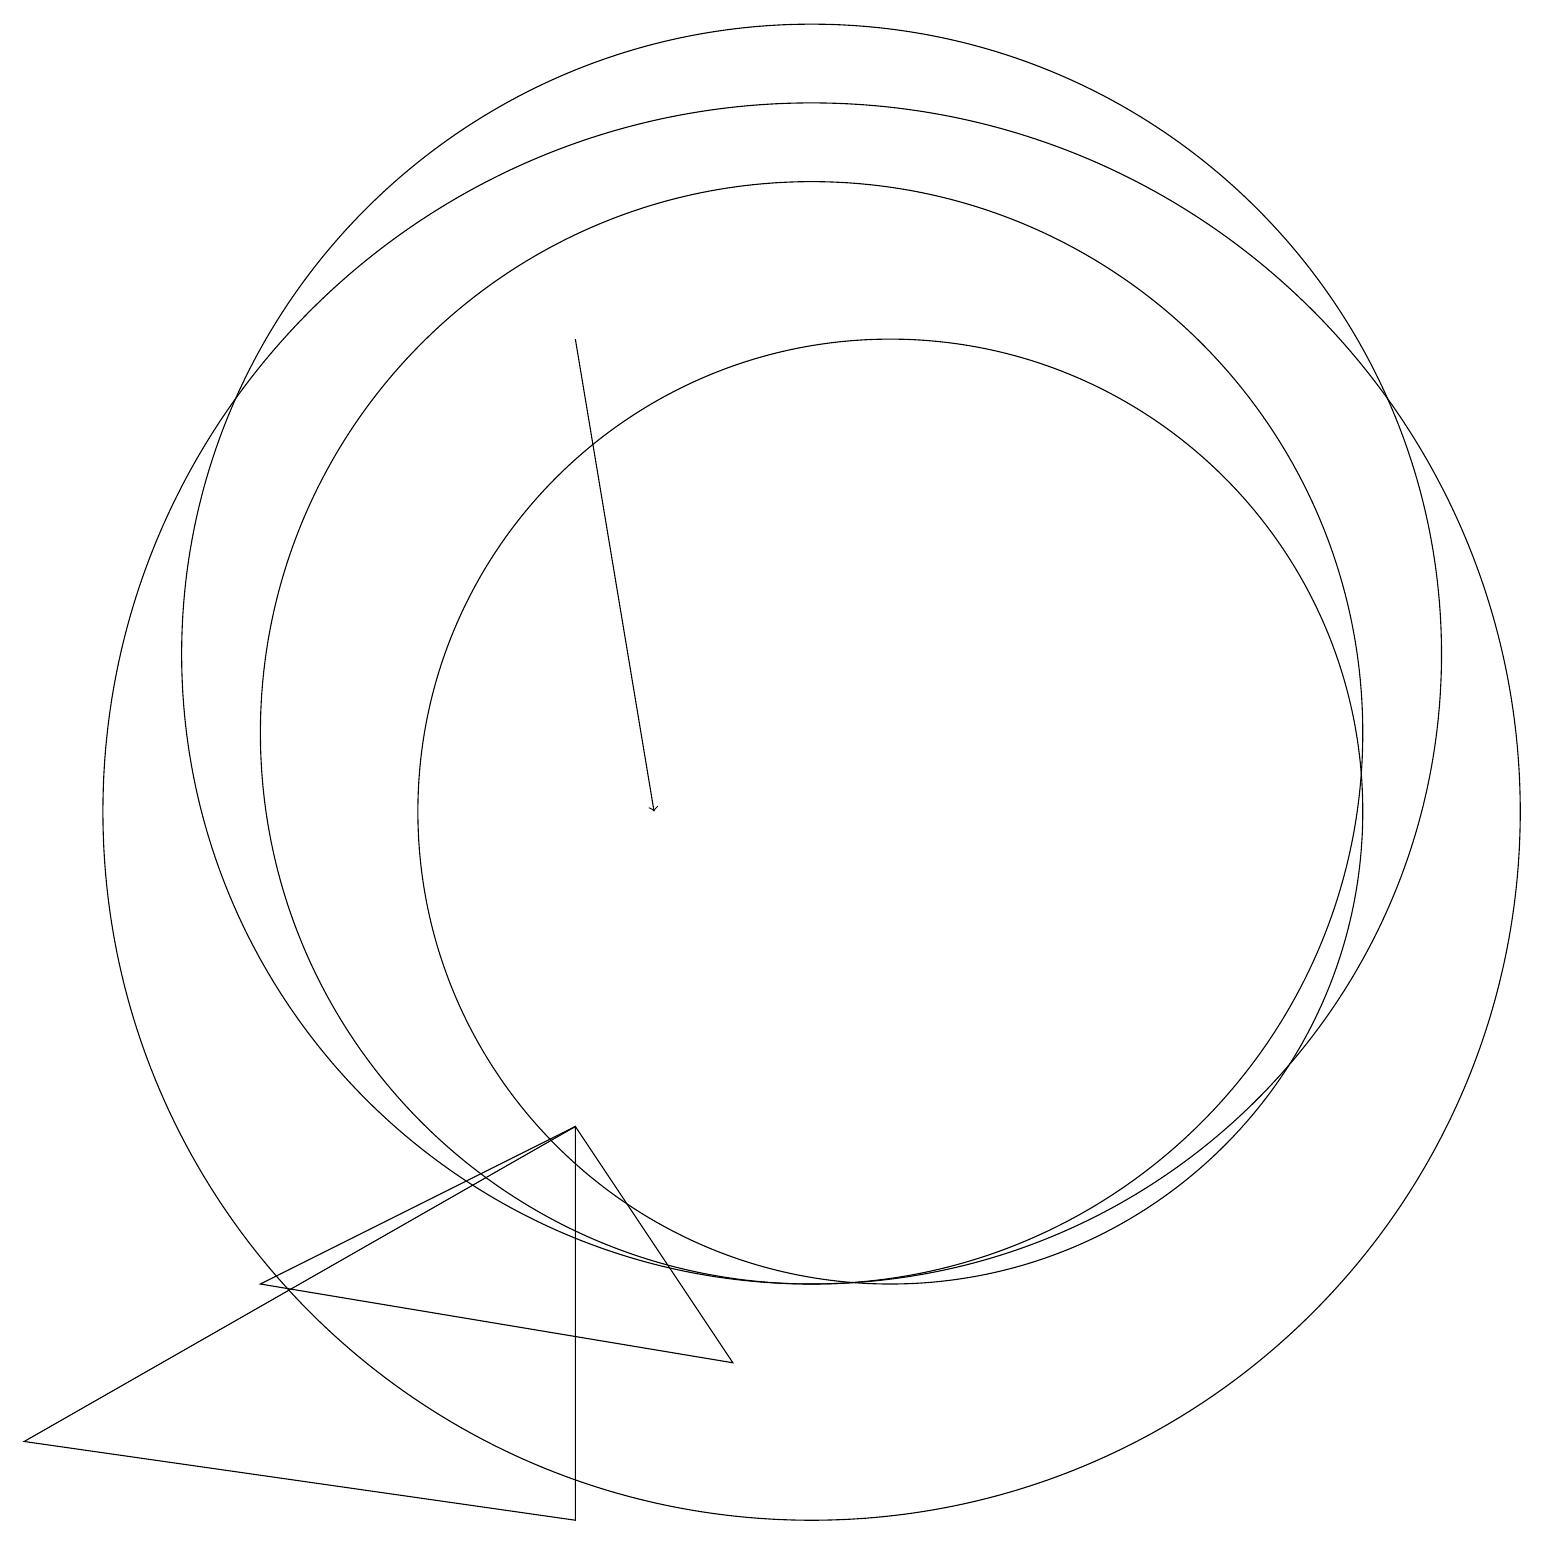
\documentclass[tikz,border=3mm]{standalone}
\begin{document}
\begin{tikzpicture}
\draw (10,12) circle (8);
\draw (11,10) circle (6);
\draw (10,10) circle (9);
\draw[->] (7,16) -- (8,10);
\draw (7,6) -- (7,1) -- (0,2) -- cycle;
\draw (10,11) circle (7);
\draw (9,3) -- (3,4) -- (7,6) -- cycle;
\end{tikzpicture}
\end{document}